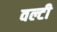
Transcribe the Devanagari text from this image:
वल्टी